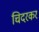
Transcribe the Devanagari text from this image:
चिदरकर